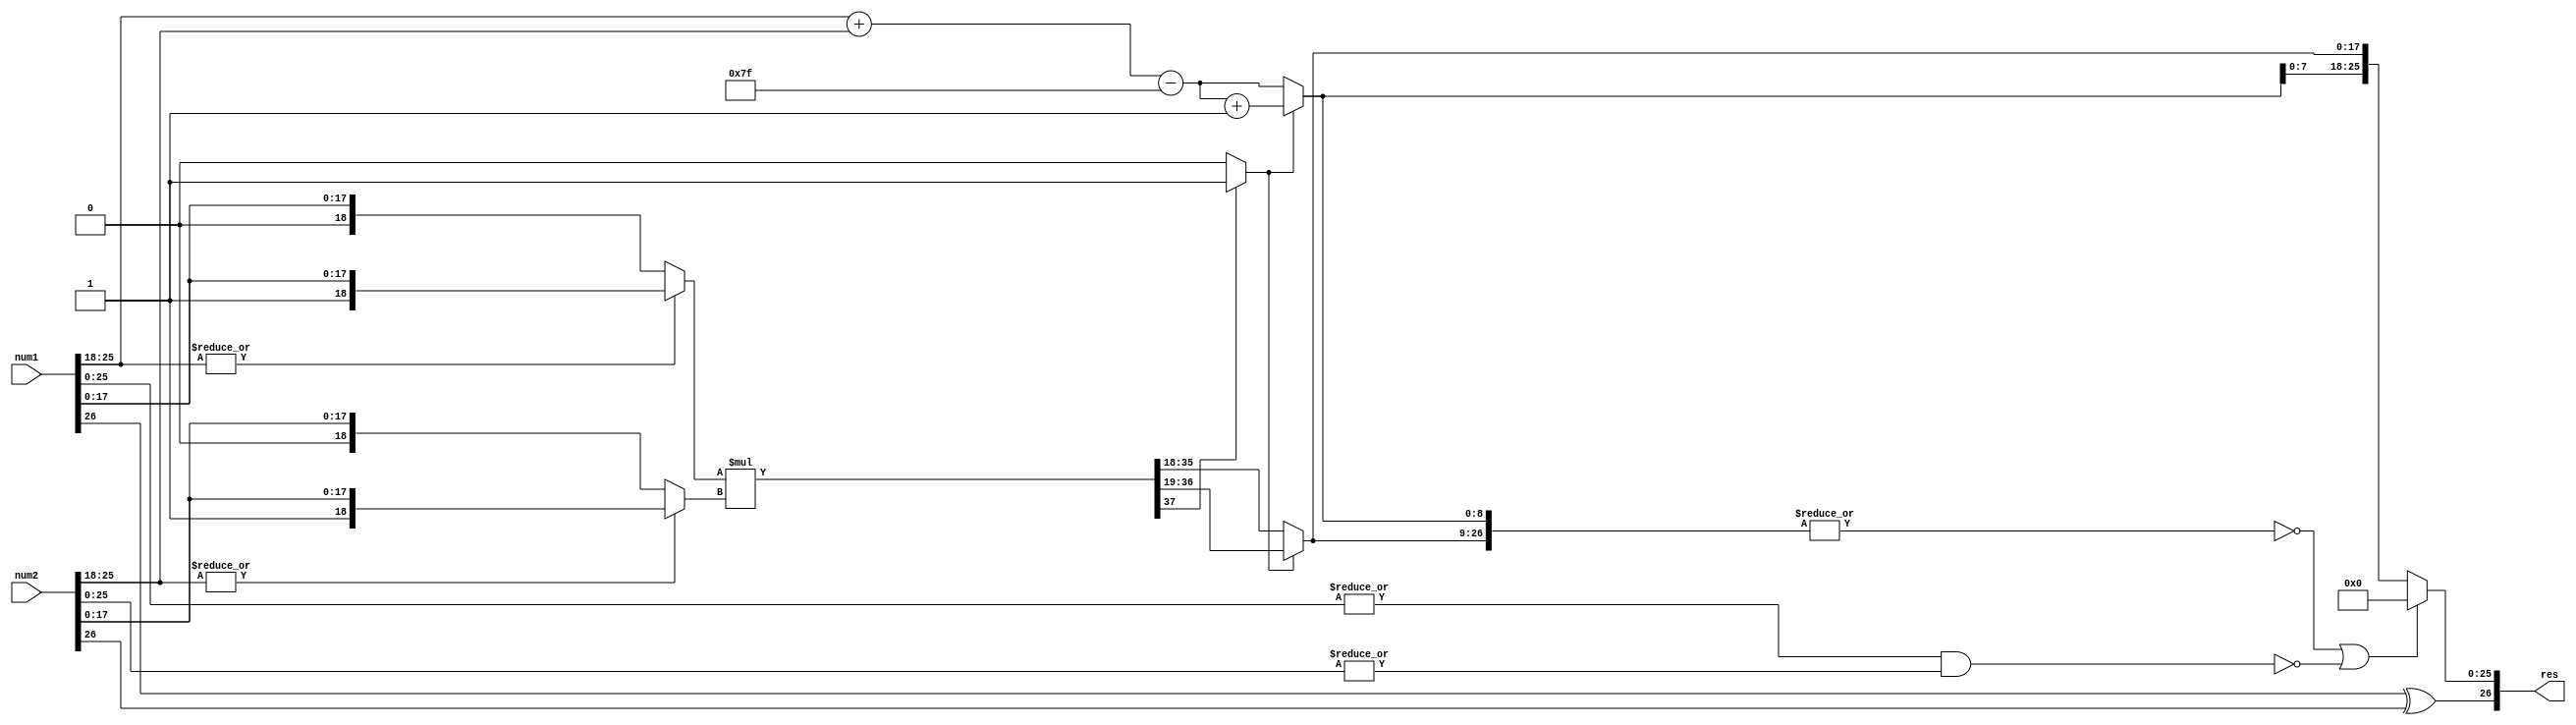
// This program was cloned from: https://github.com/aniketuppin/n-body-gravity-simulator
// License: Apache License 2.0

module fp_mul(num1,num2,res);
// input [26:0]num1,num2  ; output [26:0]res 

//input clk;
//input reset;
input wire [26:0]num1,num2;
//output reg [26:0]o_product;
output [26:0]res;

wire sign_a,sign_b;
wire sign_res;
wire [7:0]exp_a,exp_b,exp;
wire [8:0] exp_sum;
reg [8:0] exp_res;
wire [18:0]frac_a,frac_b;
wire [18:0]man_a,man_b;
wire [37:0]prod;
//wire [17:0]product;
reg [17:0]mantissa;
wire [26:0]res;

wire zero,zero_res;

//reg [55:0]pipe;

assign zero = ~((|num1[25:0])  && (|num2[25:0]));

assign sign_a=num1[26];
assign sign_b=num2[26];
assign exp_a=num1[25:18];
assign exp_b=num2[25:18];
assign frac_a= (|num1[25:18])? { 1'b1,num1[17:0]}:{1'b0,num1[17:0]};
assign frac_b= (|num2[25:18])? { 1'b1,num2[17:0]}:{1'b0,num2[17:0]};

/*
always @(posedge clk)
begin
pipe[27:0]<= {sign_a,exp_a,frac_a};
pipe[55:28]<= {sign_b,exp_b,frac_b};
end
*/

//deregistering the outputs
/*
always @(posedge clk)
begin
if(reset)
o_product<=27'b0;
else
o_product<=res;
end
*/

/* computation ->: involves computing sign_bit,exponent_sum,product
------------------------------------------------------------------------------*/
assign sign_res = sign_a ^ sign_b;
assign exp_sum= exp_a + exp_b;

assign prod= frac_a * frac_b ;

assign norm = (prod[37])?1'b1:1'b0;

always @(*)
begin
	exp_res= exp_sum - 8'd127  ;    // due to double counting
	if(!norm)
		begin
		mantissa= prod[35:18];
		end
	else
		begin
		mantissa= prod[36:19];
		exp_res=exp_res + 1'b1;
		end
end

assign zero_res = ~(|{exp_res,mantissa});

assign res= (zero_res || zero)?{sign_res,26'b0}:{sign_res,exp_res[7:0],mantissa};

endmodule